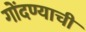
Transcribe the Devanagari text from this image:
गोंदण्याची